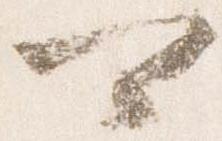
可